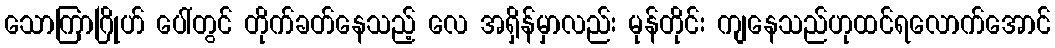
သောကြာဂြိုဟ် ပေါ်တွင် တိုက်ခတ်နေသည့် လေ အရှိန်မှာလည်း မုန်တိုင်း ကျနေသည်ဟုထင်ရလောက်အောင်